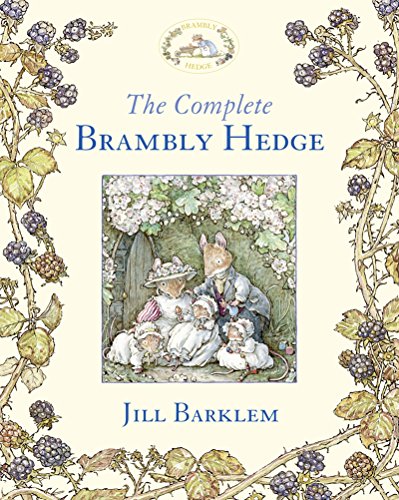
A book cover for The Complete Brambly Hedge (Brambly Hedge); Jill Barklem; Children's Books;